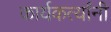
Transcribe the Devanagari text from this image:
कार्यकर्त्‍यांनी